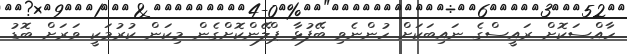
ހާއްސަކޮށް ރައީސްގެ ނައިބަކަށް ހުންނެވި ބޭފުޅާ ޕްލޭންކޮށްގެން މިކަން ކުރުމަކީ ވަރަށް ބޮޑު